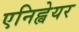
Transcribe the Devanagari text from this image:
एनिह्वेयर